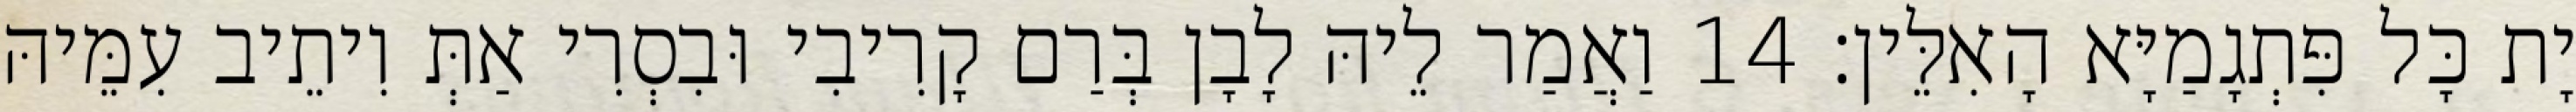
יָת כָּל פִּתְגָמַיָּא הָאִלֵּין׃ 14 וַאֲמַר לֵיהּ לָבָן בְּרַם קָרִיבִי וּבִסְרִי אַתְּ וִיתֵיב עִמֵּיהּ